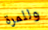
وللمرة